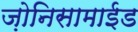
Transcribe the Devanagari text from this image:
ज़ोनिसामाईड